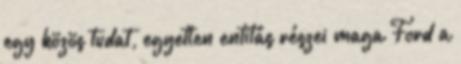
egy közös tudat, egyetlen entitás részei maga Ford a